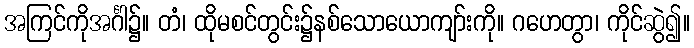
အကြင်ကိုအင်္ဂါ၌။ တံ၊ ထိုမစင်တွင်း၌နစ်သောယောကျာ်းကို။ ဂဟေတွာ၊ ကိုင်ဆွဲ၍။